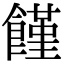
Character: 饉